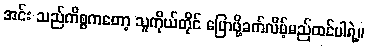
အင်း သည်ကိစ္စကတော့ သူကိုယ်တိုင် ပြောဖို့ခက်လိမ့်မည်ထင်ပါရဲ့။